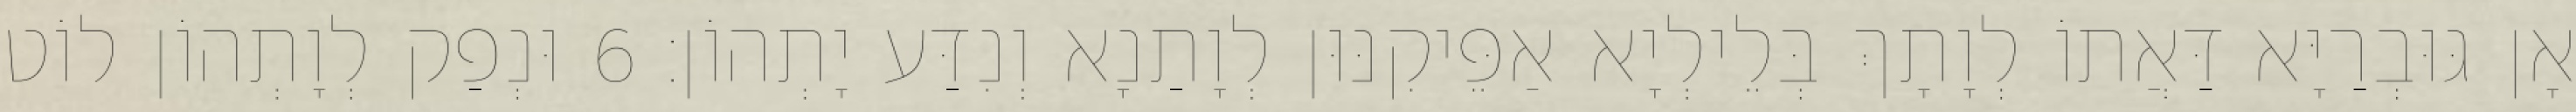
אָן גּוּבְרַיָּא דַּאֲתוֹ לְוָתָךְ בְּלֵילְיָא אַפֵּיקִנּוּן לְוָתַנָא וְנִדַּע יָתְהוֹן׃ 6 וּנְפַק לְוָתְהוֹן לוֹט